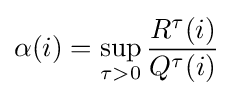
\alpha (i)=\sup _{\tau >0}{\frac {R^{\tau }(i)}{Q^{\tau }(i)}}